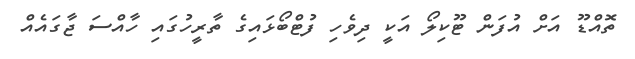
ތޮއްޑޫ އަށް އުފަން ޓޫކިލޯ އަކީ ދިވެހި ފުޓްބޯޅައިގެ ތާރީހުގައި ހާއްސަަ ޖާގައެއް